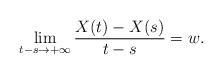
LaTeX: \begin{align*}\lim_{t-s\to+\infty}\frac{X(t)-X(s)}{t-s}=w.\end{align*}